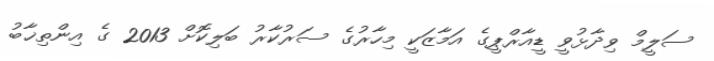
ސަލީމް ވިދާޅުވީ ޑީއާރްޕީގެ އަމާޒަކީ މިހާރުގެ ސަރުކާރު ބަލިކޮށް 2013 ގެ އިންތިޚާބު